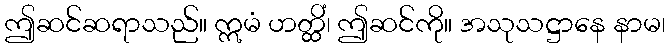
ဤဆင်ဆရာသည်။ ဣမံ ဟတ္ထိံ၊ ဤဆင်ကို။ အသုသဋ္ဌာနေ နာမ၊